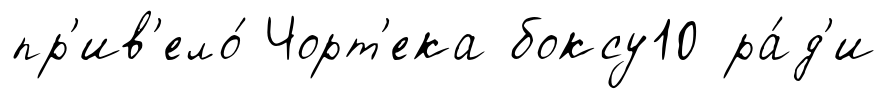
пр'ив'ело́ Чорт'ека боксу10 ра́д'и